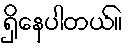
ရှိနေပါတယ်။